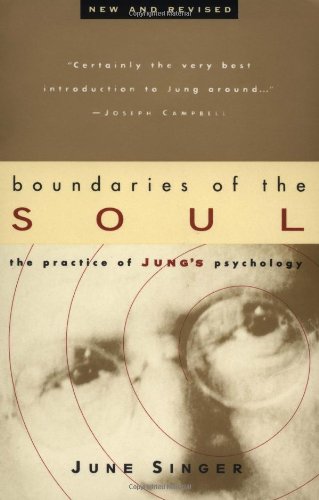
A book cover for Boundaries of the Soul: The Practice of Jung's Psychology; June Singer; Medical Books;